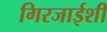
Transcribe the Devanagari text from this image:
गिरजाईशी